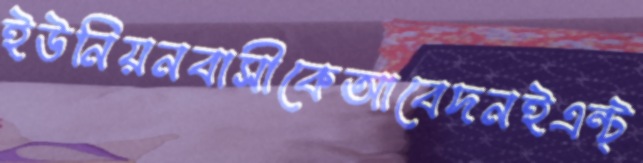
ইউনিয়নবাসীকেআবেদনইএন্‌ট্